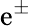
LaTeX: \mathrm{e}^{\pm}